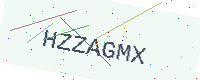
Text: HZZAGMX